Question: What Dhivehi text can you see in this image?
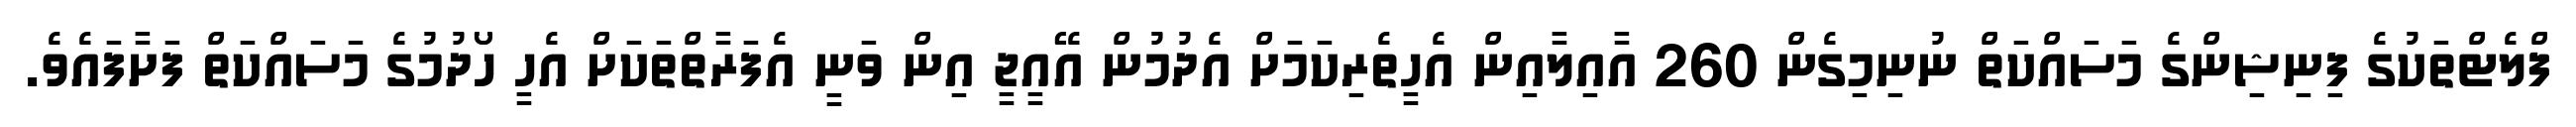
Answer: ފްލެޓްތަކުގެ ފިނިޝިންގެ މަސައްކަތް ނުނިމިގެން 260 އާއިލާއިން އެހީތެރިކަމަށް އެދުމުން އޭއީޖީ އިން ވަނީ އެފަރާތްތަކަށް އެހީ ހޯދުމުގެ މަސައްކަތް ފަށާފައެވެ.